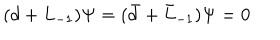
LaTeX: ( d + L _ { - 1 } ) \Psi = ( \bar { d } + \bar { L } _ { - 1 } ) \Psi = 0